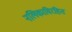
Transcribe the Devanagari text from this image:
नलिकाविरहित